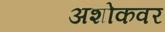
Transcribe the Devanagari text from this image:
अशोकवर